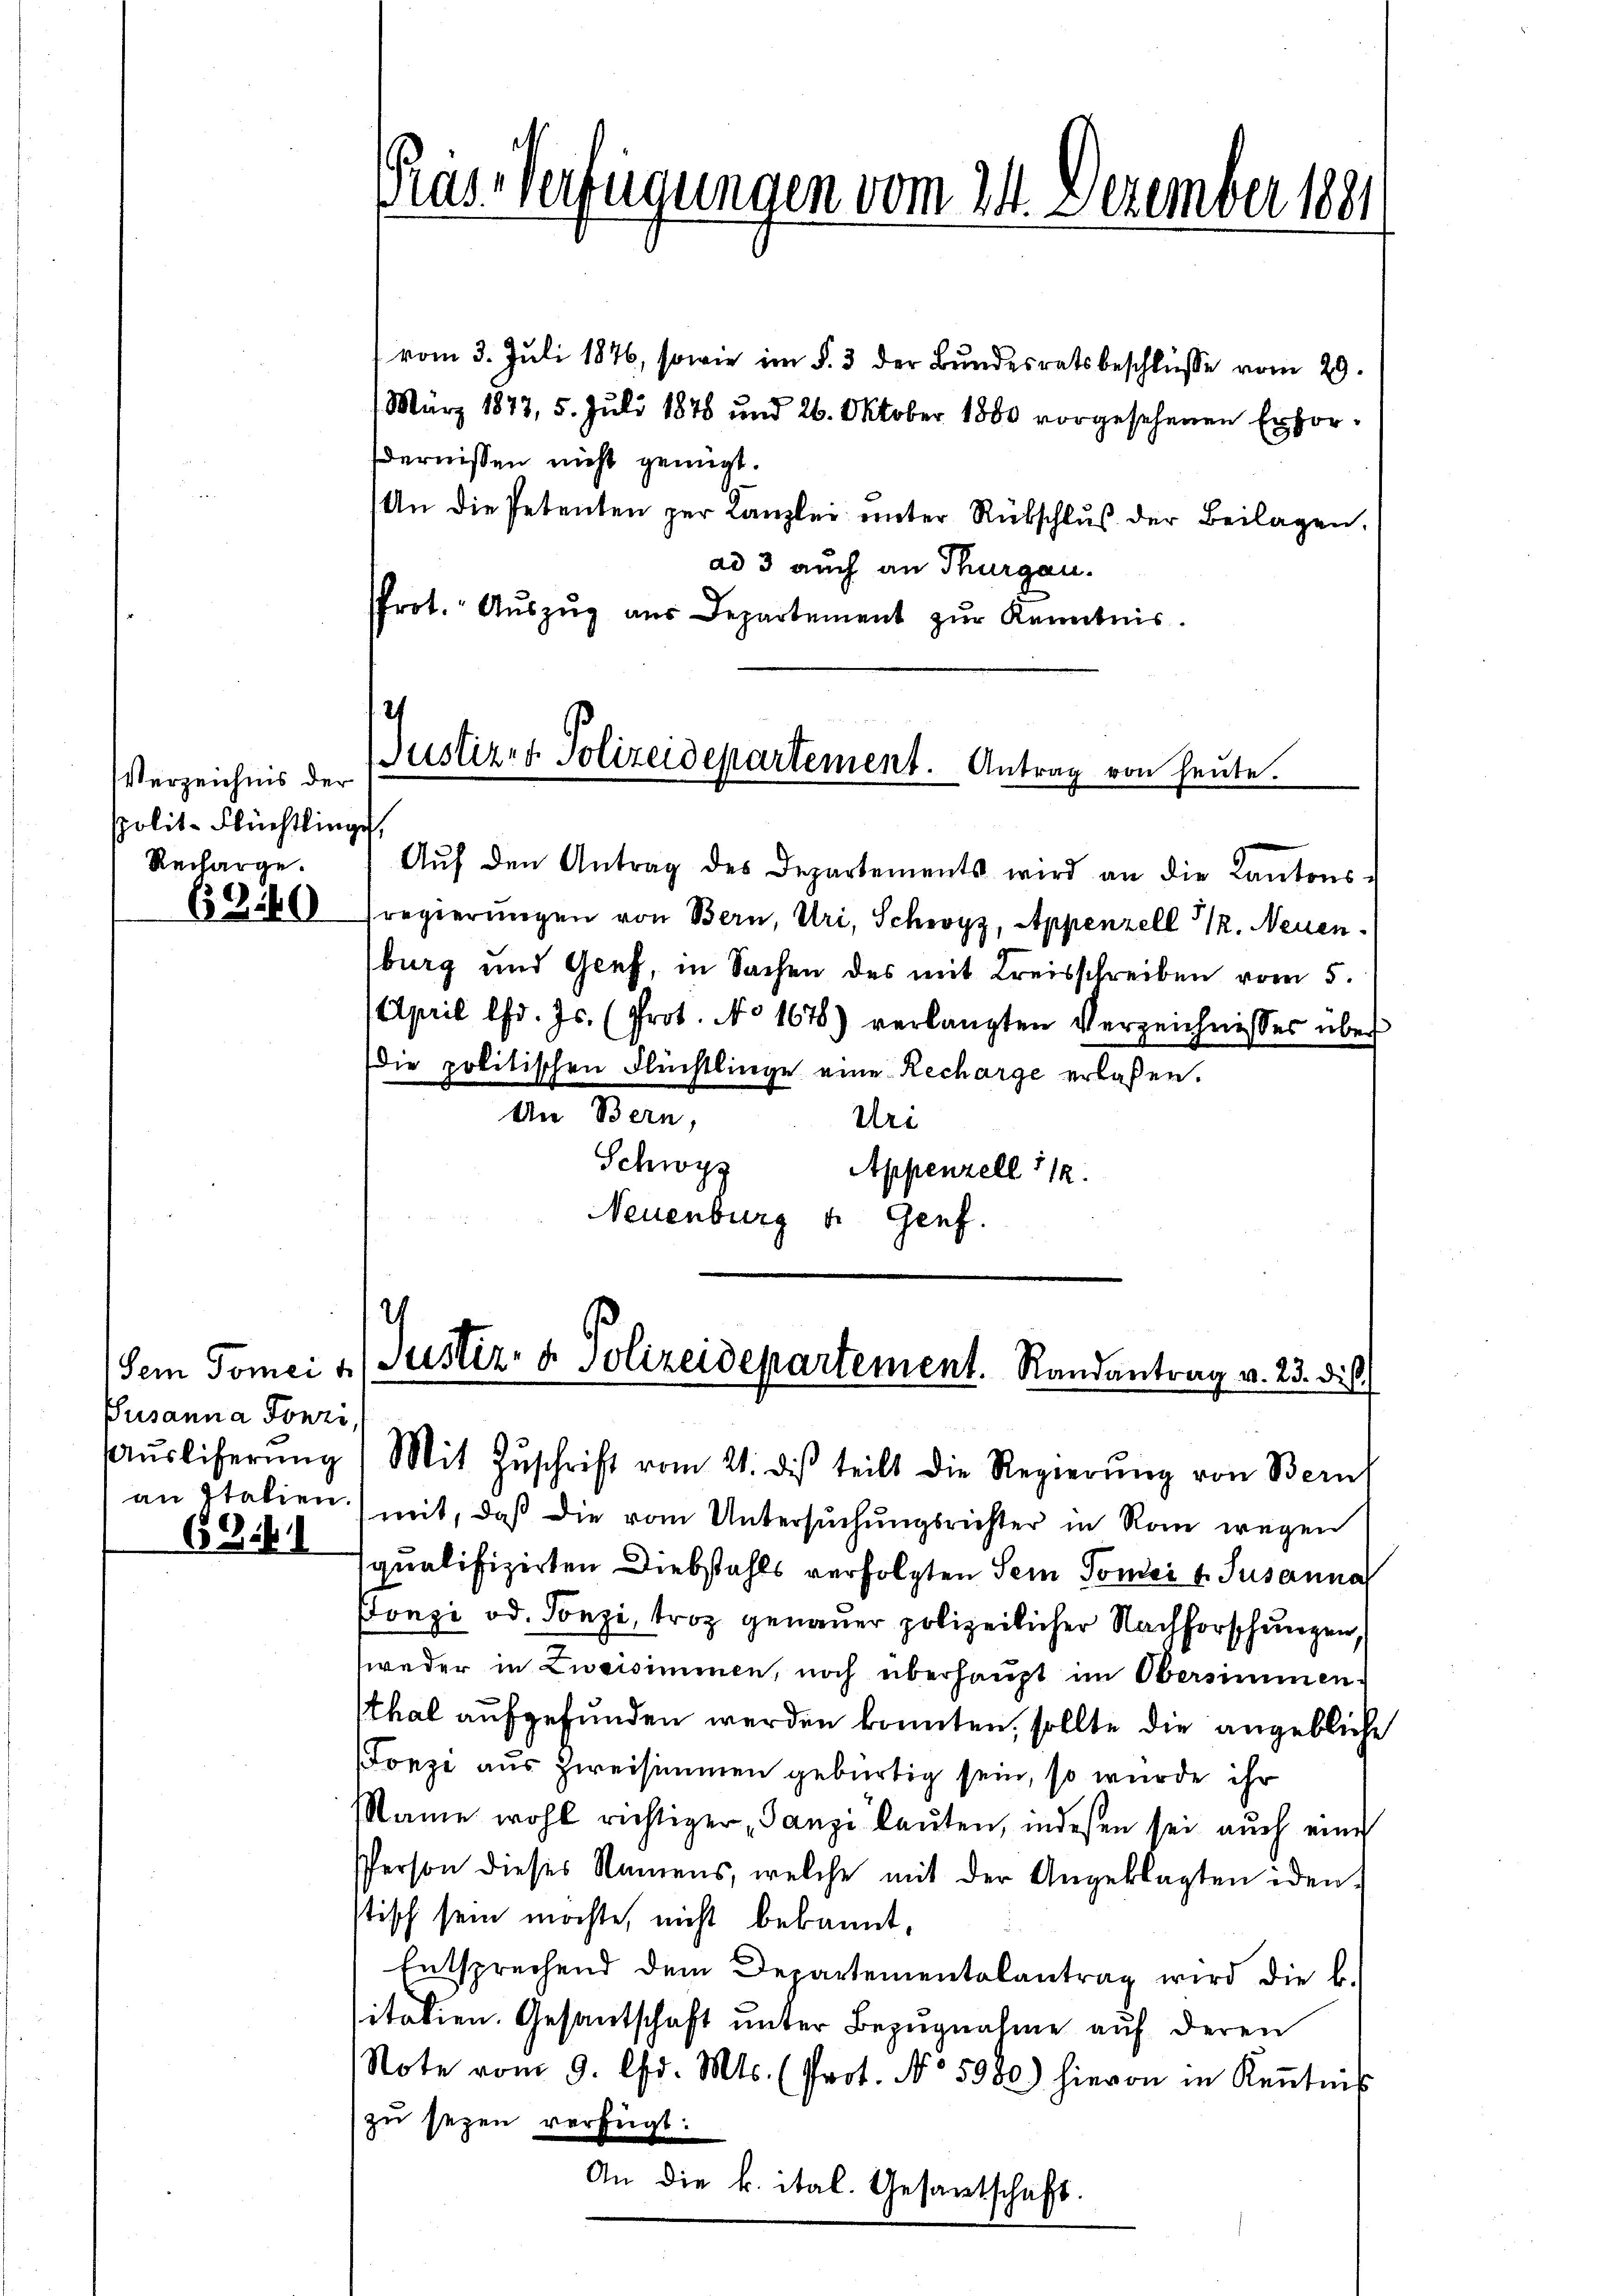
Verzeichnis der
spolit. Flüchtlinge,
Recharge.

69160

Sem Tomei t
Pusanna Ponzi,

6 Zif. 1

Pras Verfügungen vom 24. Dezember 1891

vom 3. Juli 1846, sowie im §. 3 der Bundesratsbeschlüsse vom 29.
März 1873, 5. Juli 1878 und 26. Oktober 1880 vorgesehenen Erfordernissen nicht genügt.
An die Petenten zur Kanzlei ŭnter Rükschlŭβ der Beilagen.
ad 3 auch an Thurgau.
Prot. Aŭszŭg aŭs Departement zŭr Kenntnis.
12

Justiz- & Polizeidepartement. Antrag von heute.

Aŭf den Antrag des Departements wird an die Kantons-
regierungen von Bern, Uri, Schwyz, Appenzell 1. Neuen.
burg und Genf, in Sachen des mit Kreisschreiben vom 5.
April lfd. Js. (Prot. No 167) verlangten Verzeichnisses über
die politischen Flüchtlinge eine Recharge erlaßen.
An Bern,
Uri
Schwyz
Appenzell 112.
Neuenburg u. Genf.

.
Justiz- & Polizeidepartement. Randantrag v. 23. d. h.

Aŭsliherŭng) Mit Zŭschrift vom 21. des teilt die Regierŭng von Bern
an Italien) mit, daß die vom Untersuchungsrichter in Rom wegen
squalifizirten Diebstahls verfolgten Sein Sonder v. Susanna
Fonzi od. Tonzi, troz genauer polizeilicher Nachforschungen,
weder in Zweisimmen, noch überhaupt im Obersimmen.
thal aufgefunden werden konnten, sollte die angebliche
Fonzi aus Zweisimmen gebürtig sein, so wurde ihr
Name wohl richtiger Tanzi lauten, indesen sei auch eine
PPerson dieses Namens, welche mit der Angeklagten iden
stisch sein möchte, nicht bekannt,
Entsprechend dem Departementalantrag wird die b.
sitatien. Gesantschaft unter Bezugnahme auf deren
Note vom 9. Chr. Mts. (Prot. No 5980) hievon in Keṅtniβ
zu seyen verfügt:
An die k. ital. Gesantschaft.